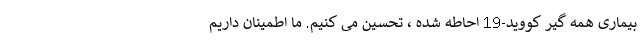
بیماری همه گیر کووید-19 احاطه شده ، تحسین می کنیم. ما اطمینان داریم